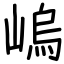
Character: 嵨